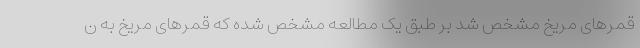
قمرهای مریخ مشخص شد بر طبق یک مطالعه مشخص شده که قمرهای مریخ به ن